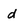
Character: d